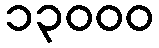
၁၃၀၀၀